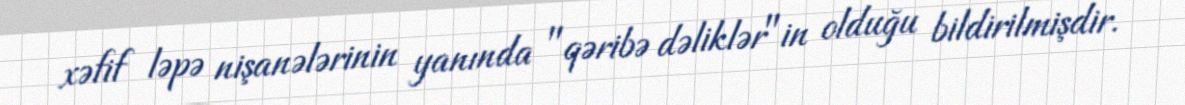
xəfif ləpə nişanələrinin yanında "qəribə dəliklər"in olduğu bildirilmişdir.